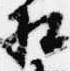
相